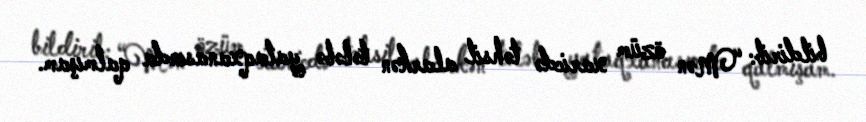
bildirib: “Mən özüm xaricdə təhsil alarkən tələbə yataqxanasında qalmışam.